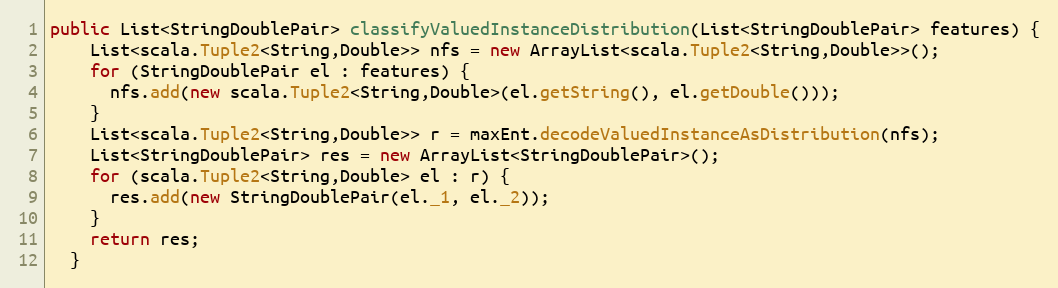
Language: Java
public List<StringDoublePair> classifyValuedInstanceDistribution(List<StringDoublePair> features) {
    List<scala.Tuple2<String,Double>> nfs = new ArrayList<scala.Tuple2<String,Double>>();
    for (StringDoublePair el : features) {
      nfs.add(new scala.Tuple2<String,Double>(el.getString(), el.getDouble()));
    }
    List<scala.Tuple2<String,Double>> r = maxEnt.decodeValuedInstanceAsDistribution(nfs);
    List<StringDoublePair> res = new ArrayList<StringDoublePair>();
    for (scala.Tuple2<String,Double> el : r) {
      res.add(new StringDoublePair(el._1, el._2));
    }
    return res;
  }